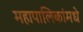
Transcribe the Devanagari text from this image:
महापालिकांमधे